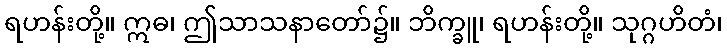
ရဟန်းတို့။ ဣဓ၊ ဤသာသနာတော်၌။ ဘိက္ခူ၊ ရဟန်းတို့။ သုဂ္ဂဟိတံ၊